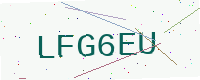
Text: LFG6EU